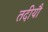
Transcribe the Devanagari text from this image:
तदीयौ